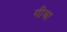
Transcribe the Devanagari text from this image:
गीबा